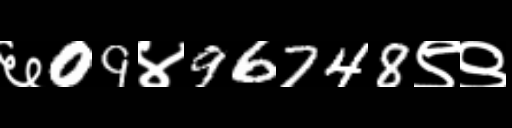
Text: ६09४96748९९